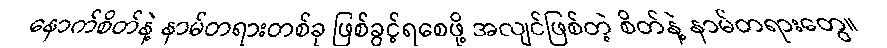
နောက်စိတ်နဲ့ နာမ်တရားတစ်ခု ဖြစ်ခွင့်ရစေဖို့ အလျင်ဖြစ်တဲ့ စိတ်နဲ့ နာမ်တရားတွေ။